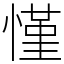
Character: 慬